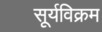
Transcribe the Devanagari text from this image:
सूर्यविक्रम